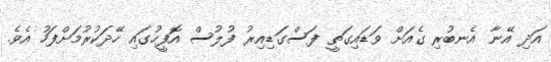
އަދި އޭނާ އެނބުރި ގެއަށް ވަޑައިގަތީ ފަސްގަޑިއިރު ފުލުސް އޮފީހުގައި ހޭދަކުރުމަށްފަހު އެވެ.